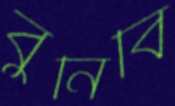
বুনিবি